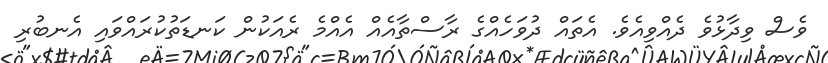
ވެސް ވިދާޅުވެ ދެއްވިއެވެ. އެތައް ދުވަހެއްގެ ރާސްތާއެއް އެއްމެ ރެއަކުން ކަނޑަތުކުރައްވައި އެނބުރި